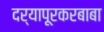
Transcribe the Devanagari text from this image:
दर्यापूरकरबाबा